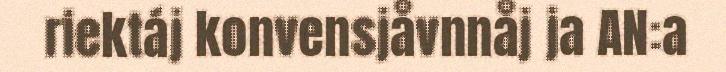
riektáj konvensjåvnnåj ja AN:a